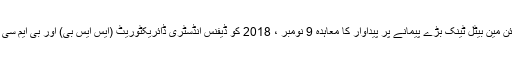
جیسا کہ معلوم ہے ، آلٹائن مین بیٹل ٹینک بڑے پیمانے پر پیداوار کا معاہدہ 9 نومبر ، 2018 کو ڈیفنس انڈسٹری ڈائریکٹوریٹ (ایس ایس بی) اور بی ایم سی آٹوموٹو کے درمیان ہوا۔